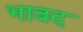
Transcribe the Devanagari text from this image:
भावद